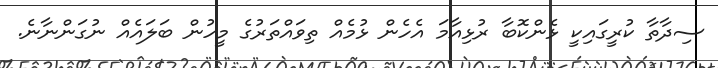
ސިދާތާ ކުރީގައިކީ ޅެންކޮބާ ރުޅިއާމަ އެހެން ޅުމެއް ތިވައްތަރުގެ މީހުން ބަލައެއް ނުގަންނާނެ.